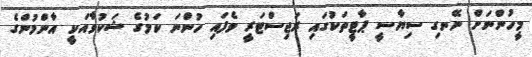
މީހުންނަށް ނޭނގި ސިޔާސީ ޕާޓީތަކުގައި ރަޖިސްޓަރީ ވެފައި ހުންނަ ކަމުގެ ޝަކުވާއަކީ އާންމުންގެ